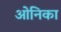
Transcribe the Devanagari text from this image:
ओनिका